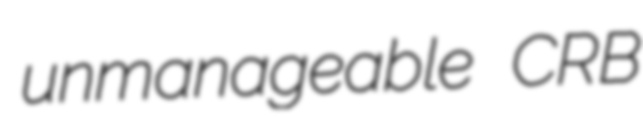
unmanageable CRB